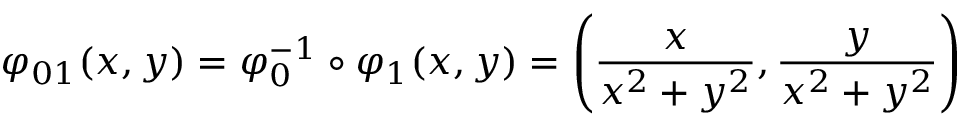
\varphi _ { 0 1 } ( x , y ) = \varphi _ { 0 } ^ { - 1 } \circ \varphi _ { 1 } ( x , y ) = \left( { \frac { x } { x ^ { 2 } + y ^ { 2 } } } , { \frac { y } { x ^ { 2 } + y ^ { 2 } } } \right)